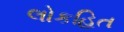
લોકહિત